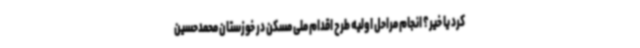
کرد یا خیر؟ انجام مراحل اولیه طرح اقدام ملی مسکن در خوزستان محمدحسین